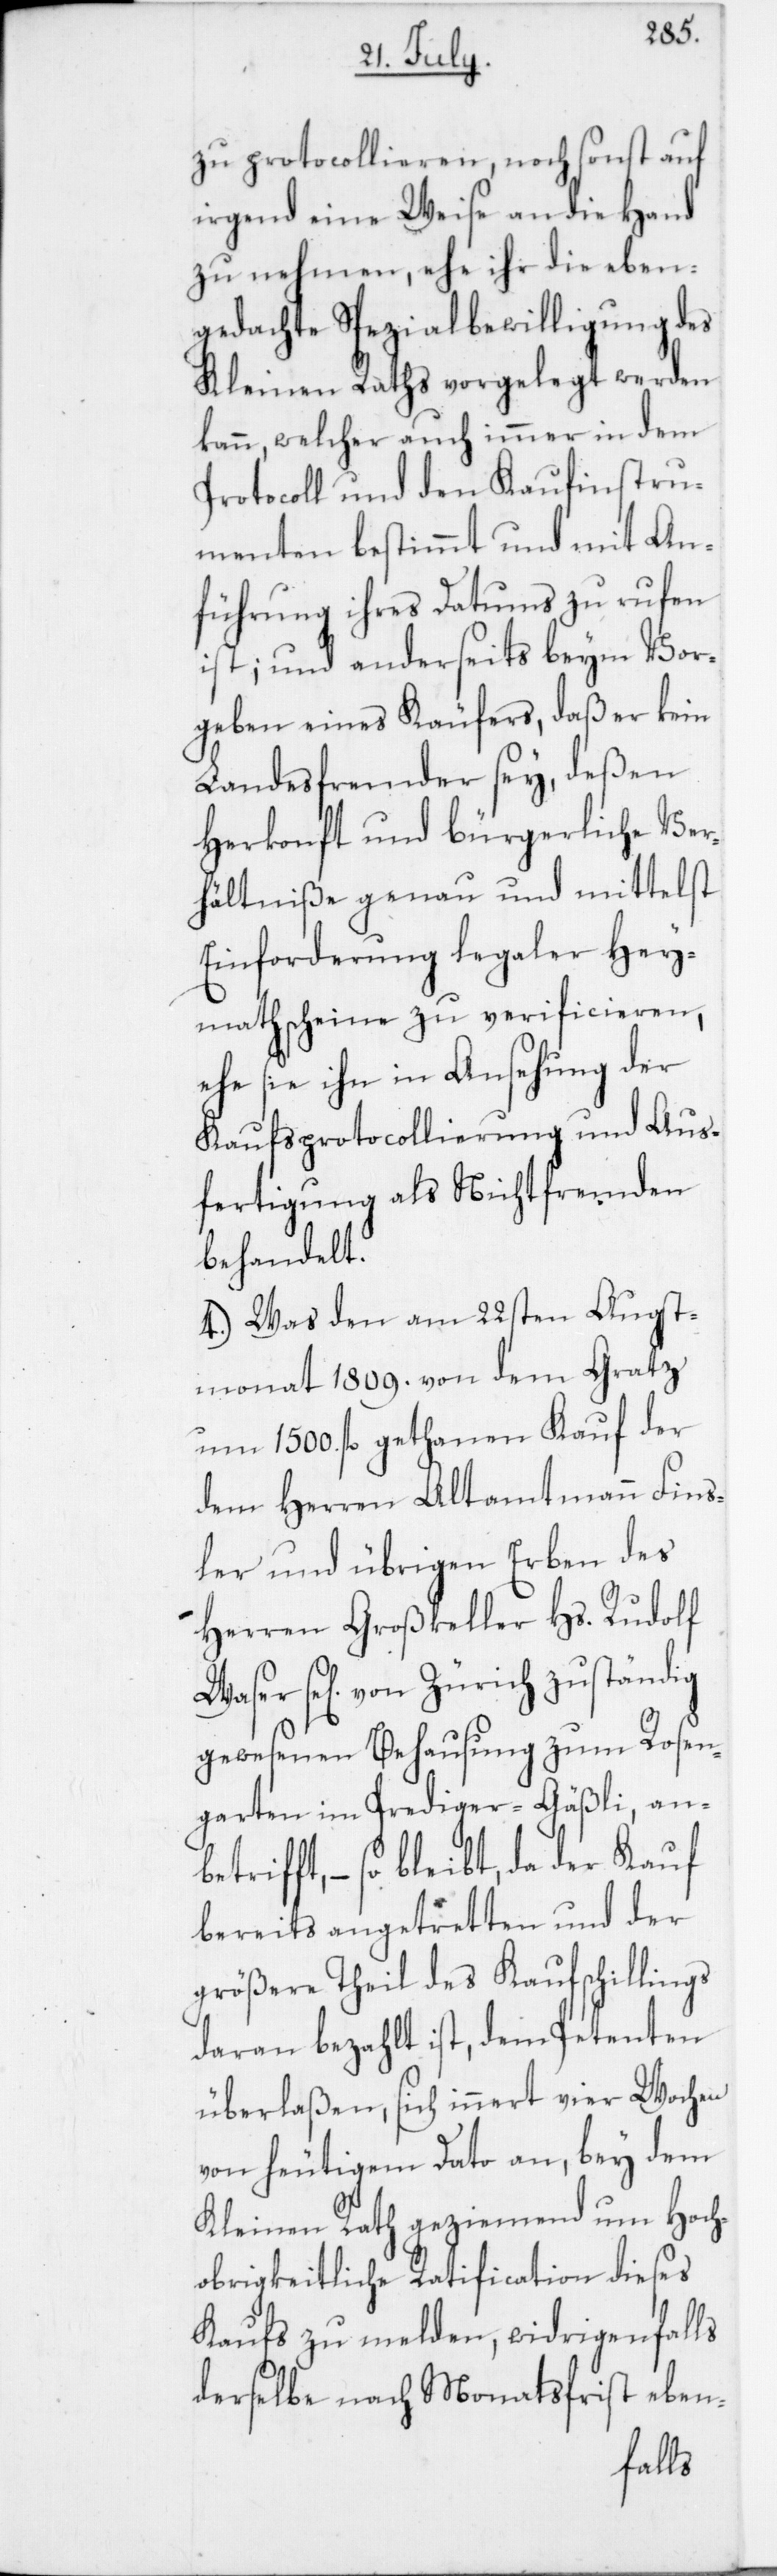
zu protocollieren, noch sonst auf
irgend eine Weise an die Hand
zu nehmen, ehe ihr die eben¬
gedachte Spezialbewilligung des
Kleinen Raths vorgelegt werden
kann, welcher auch immer in dem
Protocoll und den Kaufinstru¬
menten bestimmt und mit An¬
führung ihres Datums zu rufen
ist; und anderseits beym Vor¬
geben eines Käufers, daß er kein
Landesfremder sey, deßen
Herkonft und bürgerliche Ver¬
hältniße genau und mittelst
Einforderungen legaler Hey¬
mathscheine zu verificieren,
ehe sie ihn in Ansehung der
Kaufsprotocollierung und Aus¬
fertigung als Nichtfremden
behandelt.
4. Was den am 22sten Augst¬
monat 1809. von dem Gratz
um 1500. fl. gethanen Kauf der
dem Herren Altamtmann Fins¬
ler und übrigen Erben des
Herren Großkeller Hs. Rudolf
se[lig] von Zürich zuständig
gewesenen Behausung zum Rosen¬
garten im Prediger-Gäßli an¬
betrifft, – so bleibt, da der Kauf
bereits angetretten und der
größere Theil des Kaufschillings
daran bezahlt ist, dem Petenten
überlaßen, sich innert vier Wochen
von heutigem Dato an, bey dem
Kleinen Rath geziemend um Hoch¬
obrigkeitliche Ratification dieses
Kaufs zu melden, widrigenfalls
derselbe nach Monatsfrist eben-